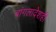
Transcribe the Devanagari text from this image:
बांगलादेशही